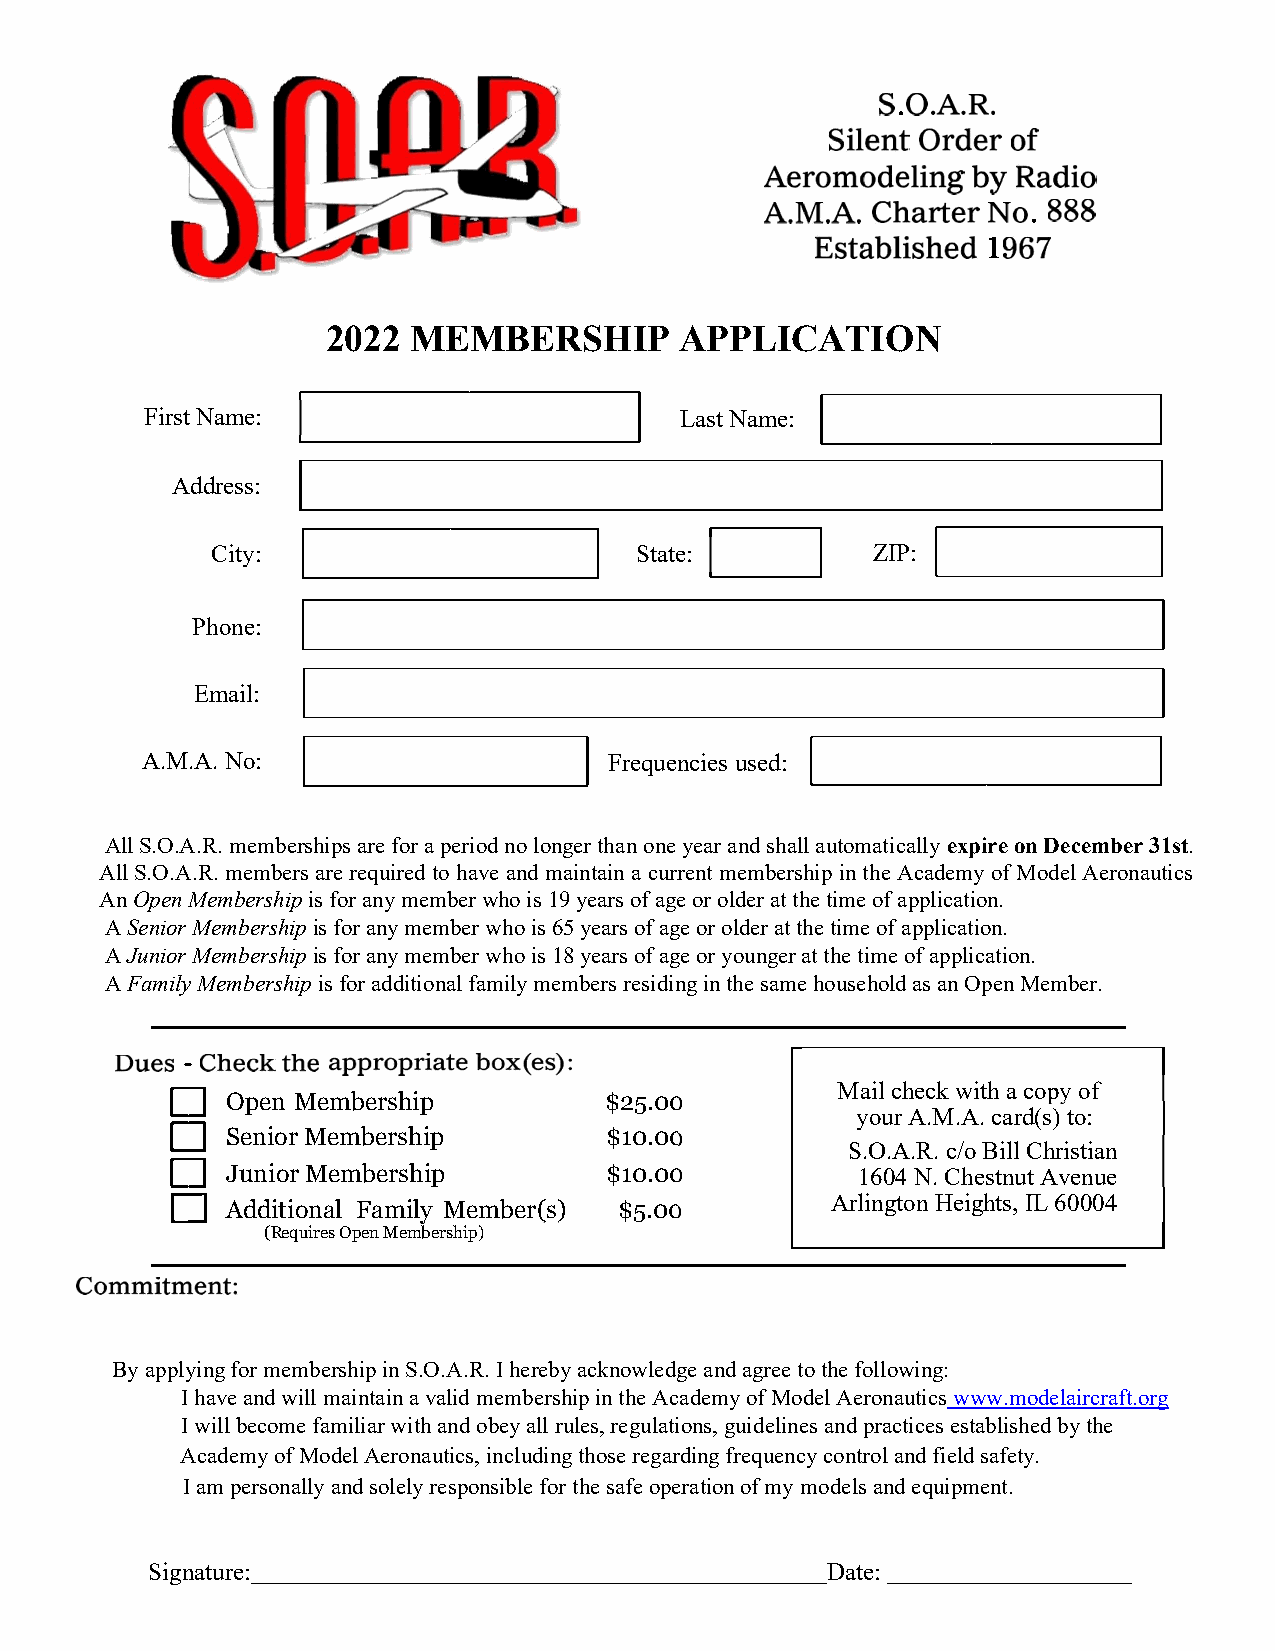
2022 MEMBERSHIP        APPLICATION
 First Name:                        Last Name:
 Address:
 City:                       State:          ZIP:
 Phone:
 Email:
 A.M.A. No:                     Frequencies used:
 All S.O.A.R. memberships are for a period no longer than one year and shall automatically expire on December 31st.
 All S.O.A.R. members are required to have and maintain a current membership in the Academy of Model Aeronautics
 An Open Membership is for any member who is 19 years of age or older at the time of application.
 A Senior Membership is for any member who is 65 years of age or older at the time of application.
 A Junior Membership is for any member who is 18 years of age or younger at the time of application.
 A Family Membership is for additional family members residing in the same household as an Open Member.
 Mail check with a copy of
 Open M embership         $25.00
 your A.M.A. card(s) to:
 Senior Membership        $10.00
 S.O.A.R. c/o Bill Christian
 Junior Membership        $10.00           1604 N. Chestnut Avenue
 Additional F amily M ember(s) $5.00
 Arlington Heights, IL 60004
 ( Requires Open Membership)
 By applying for membership in S.O.A.R. I hereby acknowledge and agree to the following:
 I have and will maintain a valid membership in the Academy of Model Aeronautics www.modelaircraft.org
 I will become familiar with and obey all rules, regulations, guidelines and practices established by the
 Academy of Model Aeronautics, including those regarding frequency control and field safety.
 I am personally and solely responsible for the safe operation of my models and equipment.
 Signature:                                   Date: